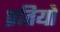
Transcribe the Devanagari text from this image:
प्रतियो